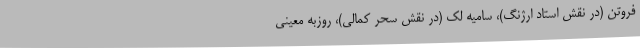
فروتن (در نقش استاد ارژنگ)، سامیه لک (در نقش سحر کمالی)، روزبه معینی